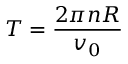
T = \frac { 2 \pi n R } { v _ { 0 } }